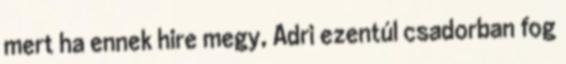
mert ha ennek hire megy, Adri ezentúl csadorban fog